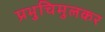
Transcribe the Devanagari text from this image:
प्रभुचिमुलकर